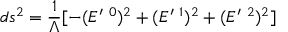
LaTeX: d s ^ { 2 } = \frac { 1 } { \Lambda } [ - ( E ^ { \prime \mathrm { ~ } 0 } ) ^ { 2 } + ( E ^ { \prime \mathrm { ~ } 1 } ) ^ { 2 } + ( E ^ { \prime \mathrm { ~ } 2 } ) ^ { 2 } ]